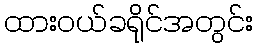
ထားဝယ်ခရိုင်အတွင်း